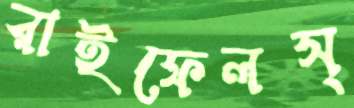
রাইফেলস্